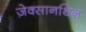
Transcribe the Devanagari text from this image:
ज़ेक्सानथिन